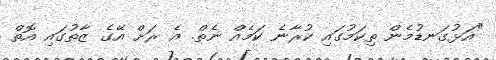
"އަޅުގަނޑުމެން ތިކަމުގަައި ކުރާނެ ކަމެއް ނެތް. އެ ރަށް އޭގެ ޒާތުގައި އޮތް